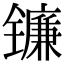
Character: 镰